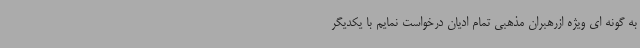
به گونه ای ویژه ازرهبران مذهبی تمام ادیان درخواست نمایم با یکدیگر